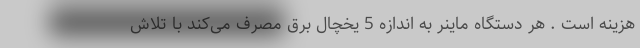
هزینه است . هر دستگاه ماینر به اندازه 5 یخچال برق مصرف می‌کند با تلاش